system: You are a helpful assistant.
user:
Analyze the provided spectrum to determine if it is a **"Cataclysmic Variables (CV)"**.

- **Key Indicators for CV (Check for either state):**
    - **State 1: Quiescent / Low-State (Emission-Dominated)**
        - **(Primary):** Strong and *very broad* Hydrogen Balmer emission lines (e.g., $H\alpha$ at 6563 Å, $H\beta$ at 4861 Å). The 'broadness' (high velocity dispersion, often FWHM > 1000 km/s) is the key diagnostic, indicating a high-velocity accretion disk.
        - **(Secondary):** Broad neutral Helium (He I) emission lines (e.g., 5876 Å, 6678 Å).
        - **(Key Confirmation):** Presence of high-excitation *ionized* Helium (He II) emission at 4686 Å. This is a strong indicator of accretion onto a white dwarf.
        - **(Line Profile):** Emission lines may exhibit a 'double-peaked' profile, which is a classic signature of a rotating accretion disk viewed at high inclination.

    - **State 2: Outburst / High-State (Absorption-Dominated)**
        - **(Primary):** Spectrum is dominated by a bright, blue continuum (looks like a hot star).
        - **(Secondary):** The emission lines from State 1 are weak, absent, or 'filled in', and are replaced by broad, shallow *absorption* lines (primarily Balmer and He I).
        - **(Morphology):** The overall spectrum mimics a hot B/A-type star. The crucial difference is that the absorption lines are significantly broader, shallower, and more 'washed-out' (or 'smeared') than the sharp lines of a normal stellar photosphere, due to high rotational speeds and pressure broadening in the disk.

Think first, call **spectral_visualization_tool** if needed to examine features in detail, then provide your final answer. Your response must adhere to the following strict rules:
1.  **Overall Structure:** Your response must follow the format `<think>...</think> <tool_call>...</tool_call> (if a tool is used) <answer>...</answer>`.
2.  **Tool Usage Constraint:** You may only make **one** tool call per turn.
3.  **Final Answer Format:** In the `<answer>` tag, your conclusion must be inside a `\boxed{}` command (e.g., `\boxed{YES}`), followed by your justification.

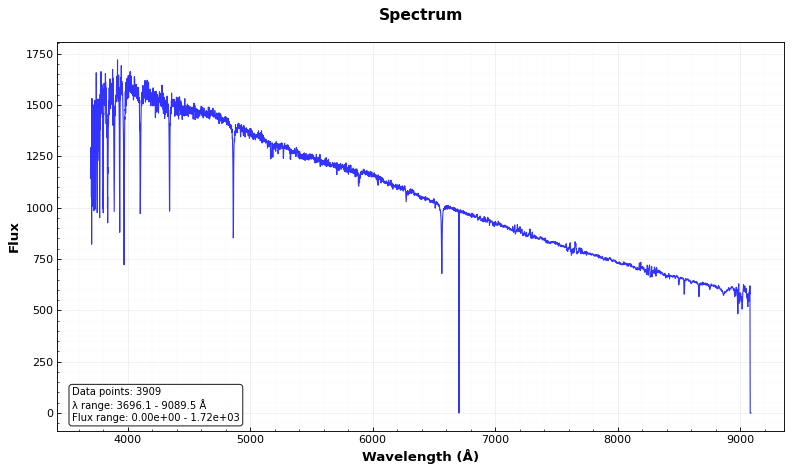
Answer: NO